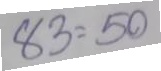
83 = 50